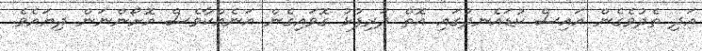
އަދި ތެދުވެގެން އައިސް ކުޑައެނދުގައި އޮތް ދަރިފުޅު ގޮވައިގެން އަނެއްކާވެސް އޮށޯންނަން ދިޔައެވެ.